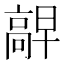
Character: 𫘷